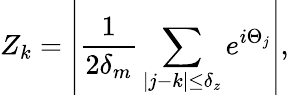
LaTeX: Z_{k}=\left\vert\frac{1}{2\delta_{m}}\sum_{|j-k|\leq\delta_{z}}e^{i\Theta_{j}}\right\vert,